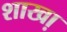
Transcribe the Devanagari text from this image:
शाखा़